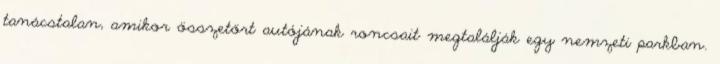
tanácstalan, amikor összetört autójának roncsait megtalálják egy nemzeti parkban.